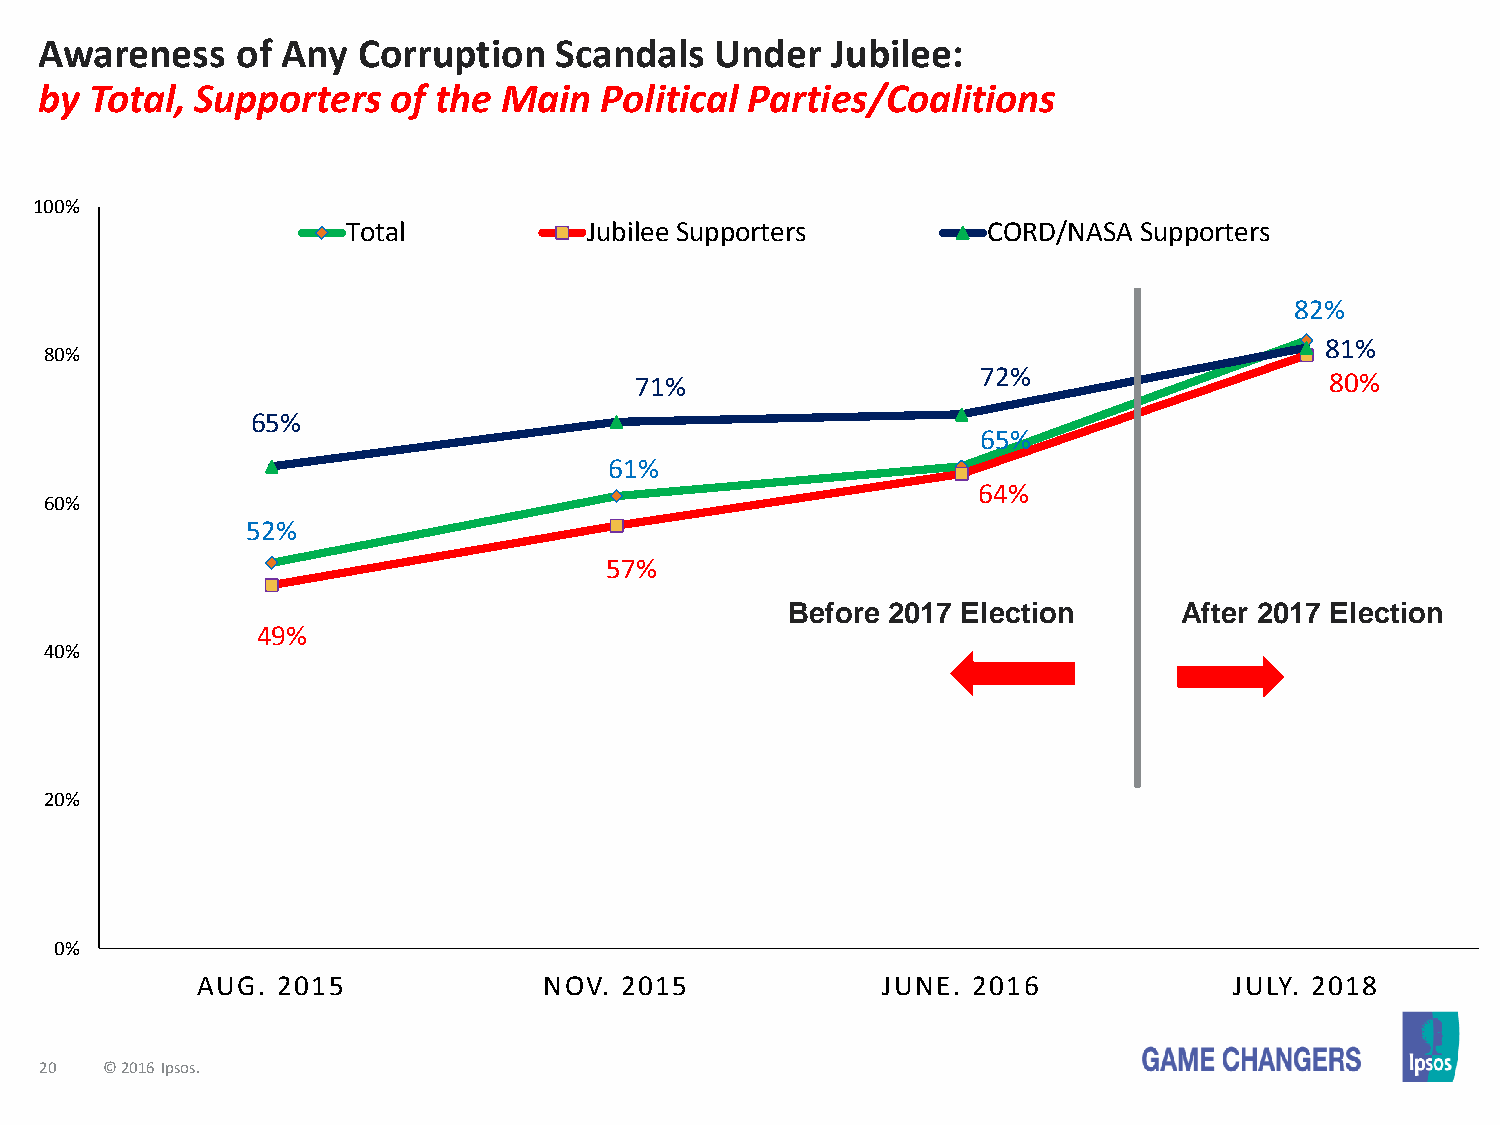
Awareness    of Any  Corruption   Scandals  Under   Jubilee:
 by Total, Supporters   of the Main   Political Parties/Coalitions
 100%
 Total           Jubilee Supporters        CORD/NASA Supporters
 82%
 81%
 80%
 72%
 71%                                           80%
 65%
 65%
 61%
 64%
 60%
 52%
 57%
 Before 2017 Election      After 2017 Election
 49%
 40%
 20%
 0%
 AUG. 2015              NOV. 2015             JUNE. 2016              JULY. 2018
 20  © 2016 Ipsos.